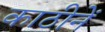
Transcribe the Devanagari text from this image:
काठीनें